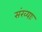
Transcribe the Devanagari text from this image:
संख्याः